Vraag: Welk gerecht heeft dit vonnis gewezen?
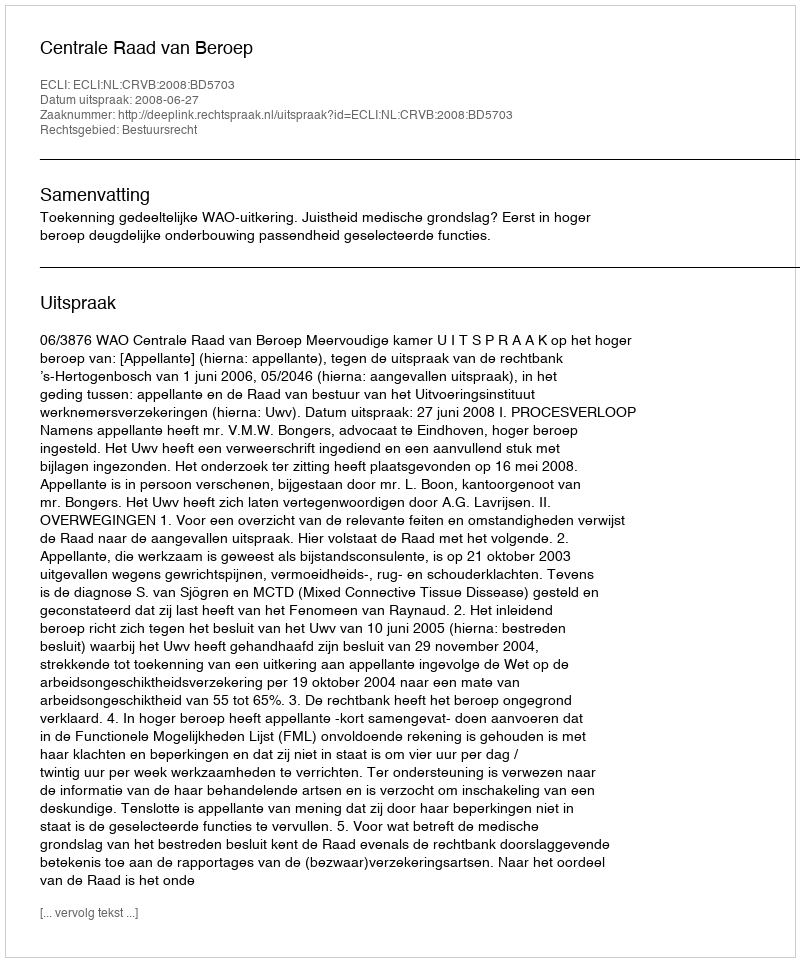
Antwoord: Centrale Raad van Beroep